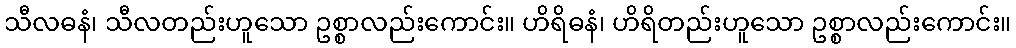
သီလဓနံ၊ သီလတည်းဟူသော ဥစ္စာလည်းကောင်း။ ဟိရိဓနံ၊ ဟိရိတည်းဟူသော ဥစ္စာလည်းကောင်း။